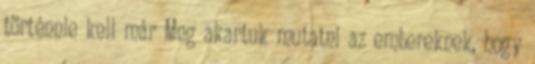
történnie kell már Meg akartuk mutatni az embereknek, hogy